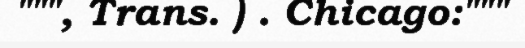
""", Trans. ) . Chicago:"""